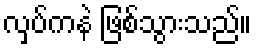
လှပ်ကနဲ ဖြစ်သွားသည်။